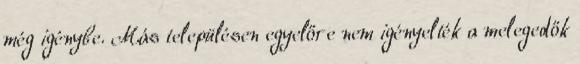
még igénybe. Más településen egyelőre nem igényelték a melegedők